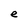
Character: e